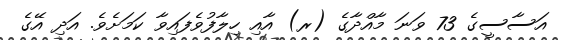
އަސާސީގެ 73 ވަނަ މާއްދާގެ (ރ) އާއި ހިލާފުވެފައިވާ ކަމަށެވެ. އަދި އޭގެ